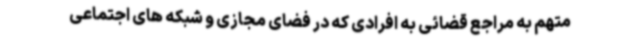
متهم به مراجع قضائی به افرادی که در فضای مجازی و شبکه های اجتماعی